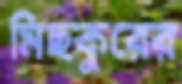
মিছকুরের